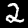
Label: 2